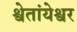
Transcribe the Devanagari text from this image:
श्वेतांयेश्वर